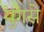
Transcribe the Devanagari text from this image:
युगसे